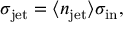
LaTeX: \sigma _ { \mathrm { j e t } } = \langle n _ { \mathrm { j e t } } \rangle \sigma _ { \mathrm { i n } } ,